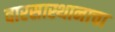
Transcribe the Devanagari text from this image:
वारसास्थानाचा